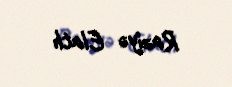
Raziyə Elatlı